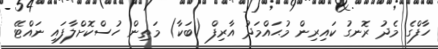
ހާފްގެ މެދު ރޮނގު ކައިރިން މުޙައްމަދު އާރިފް (ބަކާ) މަތިން ހުސްކޮށްލާފައި ނައްޓޭ